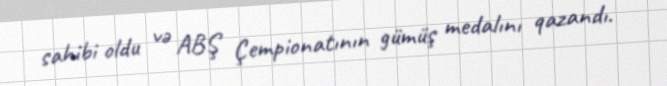
sahibi oldu və ABŞ Çempionatının gümüş medalını qazandı.